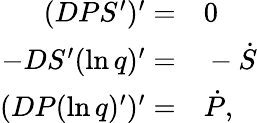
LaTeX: \begin{array}{rl}{(DPS^{\prime})^{\prime}=}&{{}0}\\ {-DS^{\prime}(\ln q)^{\prime}=}&{{}-\dot{S}}\\ {(DP(\ln q)^{\prime})^{\prime}=}&{{}\dot{P},}\end{array}